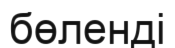
бөленді